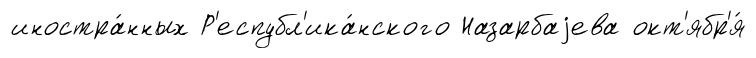
иностра́нных Р'еспубл'ика́нского Назарбаjева окт'ябр'я́